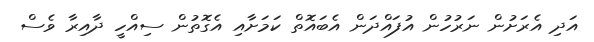
އަދި އެރަށުން ނަރުހުން އުފައްދަން އެބައޮތް ކަމަށާއި އެގޮތުން ސިއްހީ ދާއިރާ ވެސް